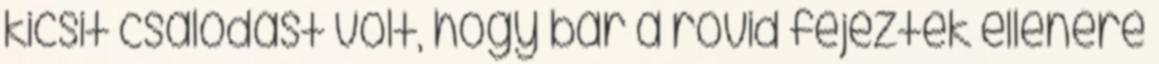
kicsit csalódást volt, hogy bár a rövid fejeztek ellenére